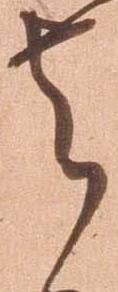
者